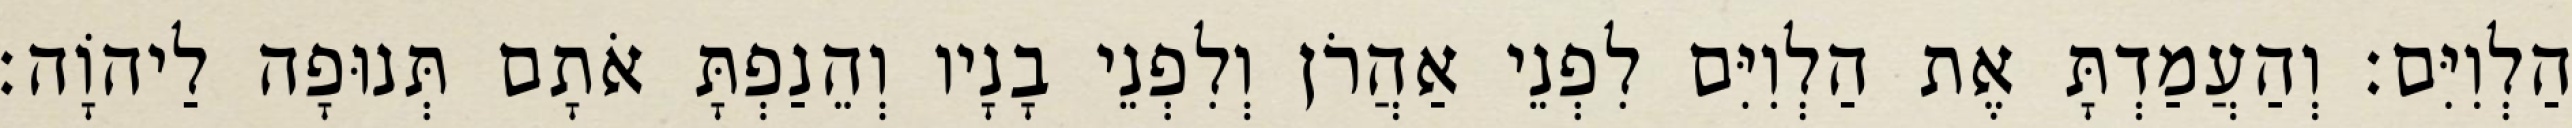
הַלְוִיִּם׃ וְהַעֲמַדְתָּ אֶת הַלְוִיִּם לִפְנֵי אַהֲרֹן וְלִפְנֵי בָנָיו וְהֵנַפְתָּ אֹתָם תְּנוּפָה לַיהוָֹה׃